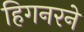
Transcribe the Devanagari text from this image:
हिगनरने